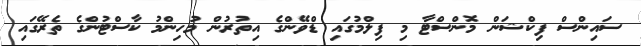
ސައިންސް ފިކްޝަން މޮންސްޓާ މި ފިލްމުގައި ޑްވޭންގެ އިތުރުން މުހިންމު ކާސްޓުންގެ ތެރޭގައި